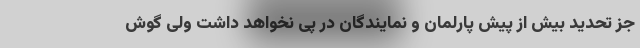
جز تحدید بیش از پیش پارلمان و نمایندگان در پی نخواهد داشت ولی گوش